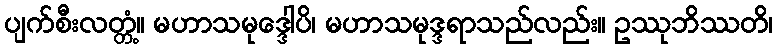
ပျက်စီးလတ္တံ့။ မဟာသမုဒ္ဒေါပိ၊ မဟာသမုဒ္ဒရာသည်လည်း။ ဥဿုဘိဿတိ၊